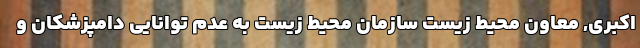
اکبری, معاون محیط زیست سازمان محیط زیست به عدم توانایی دامپزشکان و